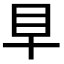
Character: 𥃪